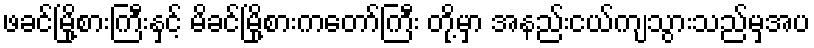
ဖခင်မြို့စားကြီးနှင့် မိခင်မြို့စားကတော်ကြီး တို့မှာ အနည်းငယ်ကျသွားသည်မှအပ